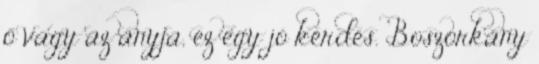
ő vagy az anyja, ez egy jó kérdés. Boszorkány